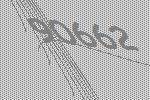
90662